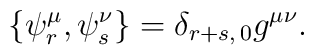
\{\psi^{\mu}_{r},\psi^{\nu}_{s}\}=\delta_{r+s,\,0}g^{\mu\nu}.